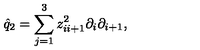
\hat { q } _ { 2 } = \sum _ { j = 1 } ^ { 3 } z _ { i i + 1 } ^ { 2 } \partial _ { i } \partial _ { i + 1 } ,